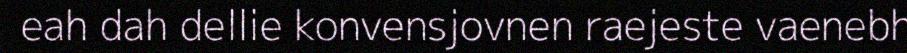
eah dah dellie konvensjovnen raejeste vaenebh